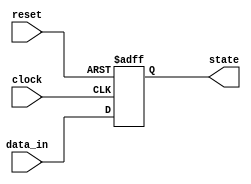
module async_reset_block(
    input wire reset,      // Asynchronous reset signal
    input wire clock,      // Clock signal
    input wire [7:0] data_in, // Example input to update state
    output reg [7:0] state  // Output/state of the circuit
);

// Define the reset value
parameter RESET_VALUE = 8'h00; // Predefined reset value

// Always block to handle asynchronous reset and clocked behavior
always @(posedge clock or posedge reset) begin
    if (reset) begin
        // Asynchronous reset: immediately set state to reset value
        state <= RESET_VALUE;
    end else begin
        // Normal operation: update state on clock edge
        // Example logic for state update (this can be customized)
        state <= data_in; // Update state based on data input
    end
end

endmodule